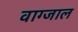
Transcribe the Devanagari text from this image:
वाग्जाल